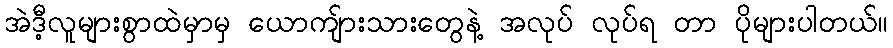
အဲဒီ့လူများစွာထဲမှာမှ ယောကျ်ားသားတွေနဲ့ အလုပ် လုပ်ရ တာ ပိုများပါတယ်။